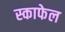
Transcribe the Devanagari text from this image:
स्काफेल